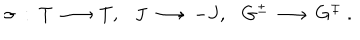
LaTeX: \sigma ~ : ~ T \, \longrightarrow \, T , J \, \longrightarrow \, - J , G ^ { \pm } \, \longrightarrow \, G ^ { \mp } ~ .